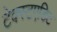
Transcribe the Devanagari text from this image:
टेक्स्टएडिट